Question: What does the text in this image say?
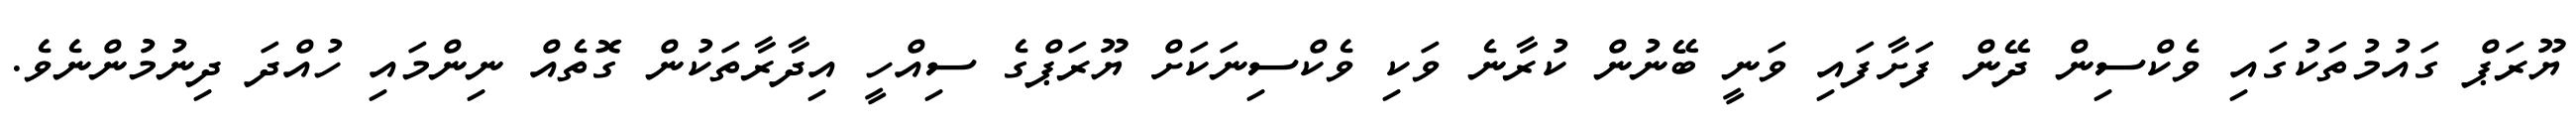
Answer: ޔޫރަޕް ގައުމުތަކުގައި ވެކްސިން ދޭން ފަށާފައި ވަނީ ބޭނުން ކުރާނެ ވަކި ވެކްސިނަކަށް ޔޫރަޕްގެ ސިއްހީ އިދާރާތަކުން ގޮތެއް ނިންމައި ހުއްދަ ދިނުމުންނެވެ.